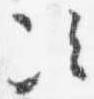
次